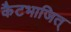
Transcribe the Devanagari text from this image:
कैटभाजित्